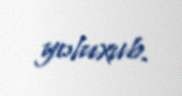
yoluxub.